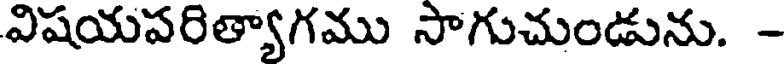
విషయపరిత్యాగము సాగుచుండును. -